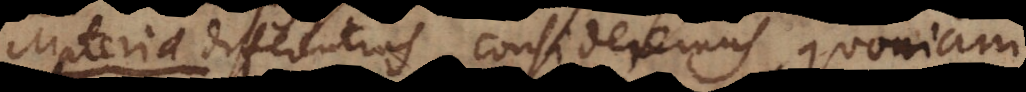
e differentias consideremus, quoniam